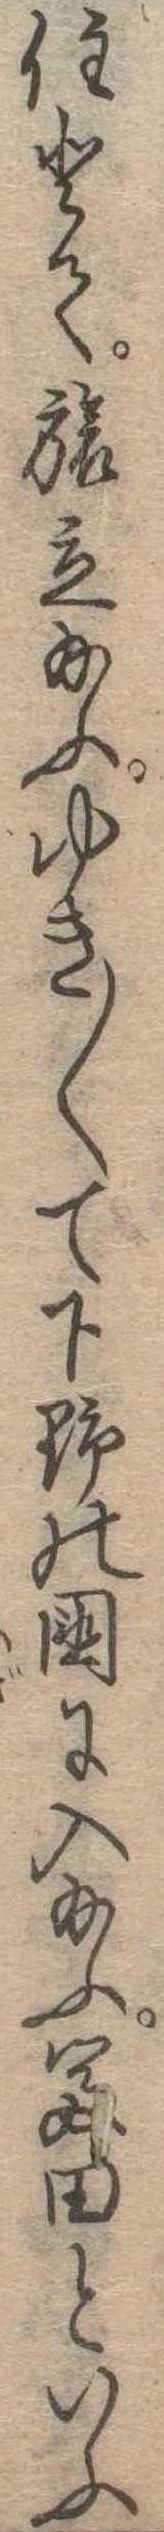
住とて旅立給ふゆき〱て下野の国に入給ふ富田といふ